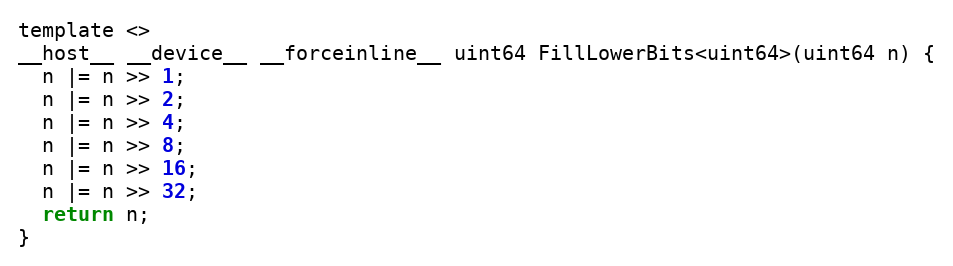
Language: C
template <>
__host__ __device__ __forceinline__ uint64 FillLowerBits<uint64>(uint64 n) {
  n |= n >> 1;
  n |= n >> 2;
  n |= n >> 4;
  n |= n >> 8;
  n |= n >> 16;
  n |= n >> 32;
  return n;
}